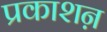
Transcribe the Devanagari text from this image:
प्रकाशऩ